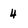
Character: 4